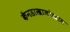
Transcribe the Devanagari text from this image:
कॅनडाखालोखाल